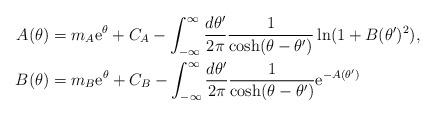
LaTeX: \begin{align*}A(\theta) &=m_A {\rm e}^{\theta}+C_A -\int_{-\infty}^{\infty} \frac{d\theta'}{2\pi} \frac{1}{\cosh(\theta-\theta') }\ln(1+ B(\theta')^2), \\B(\theta) &=m_B {\rm e}^{\theta}+C_B -\int_{-\infty}^{\infty} \frac{d\theta'}{2\pi} \frac{1}{\cosh(\theta-\theta')} {\rm e}^{-A(\theta')} \end{align*}